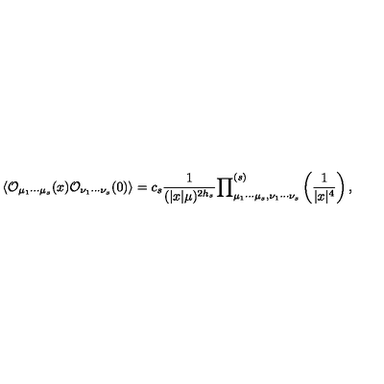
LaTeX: \langle { \cal O } _ { \mu _ { 1 } \cdots \mu _ { s } } ( x ) { \cal O } _ { \nu _ { 1 } \cdots \nu _ { s } } ( 0 ) \rangle = c _ { s } \frac { 1 } { ( | x | \mu ) ^ { 2 h _ { s } } } { \prod } _ { \mu _ { 1 } \cdots \mu _ { s } , \nu _ { 1 } \cdots \nu _ { s } } ^ { ( s ) } \left( \frac { 1 } { | x | ^ { 4 } } \right) ,